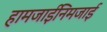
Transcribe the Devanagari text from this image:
हामजाईनिमजाई